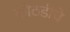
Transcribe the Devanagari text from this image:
कोठडीचे